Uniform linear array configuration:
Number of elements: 32
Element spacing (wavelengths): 1
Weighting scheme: binomial
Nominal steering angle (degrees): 60
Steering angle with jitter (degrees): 60.338
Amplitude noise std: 0.05
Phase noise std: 0.05

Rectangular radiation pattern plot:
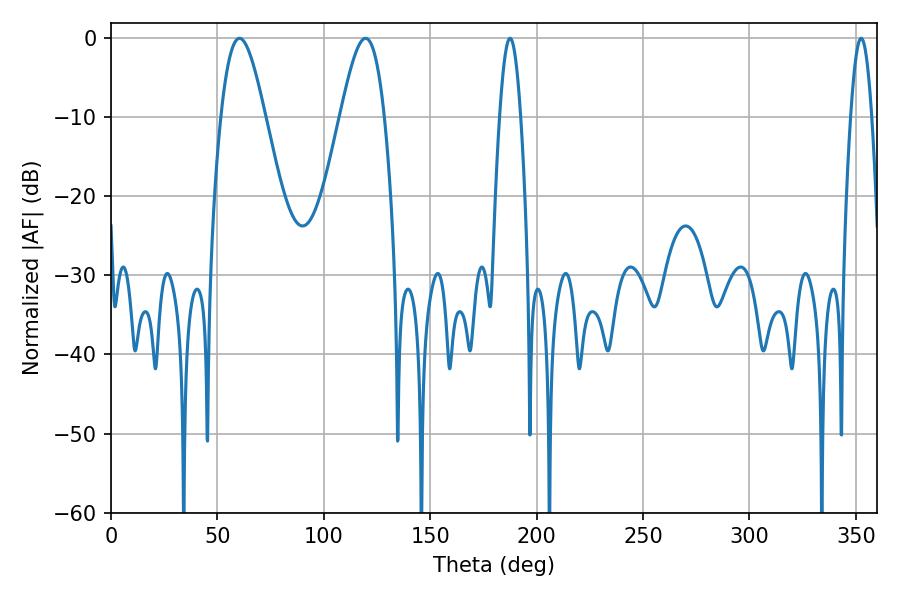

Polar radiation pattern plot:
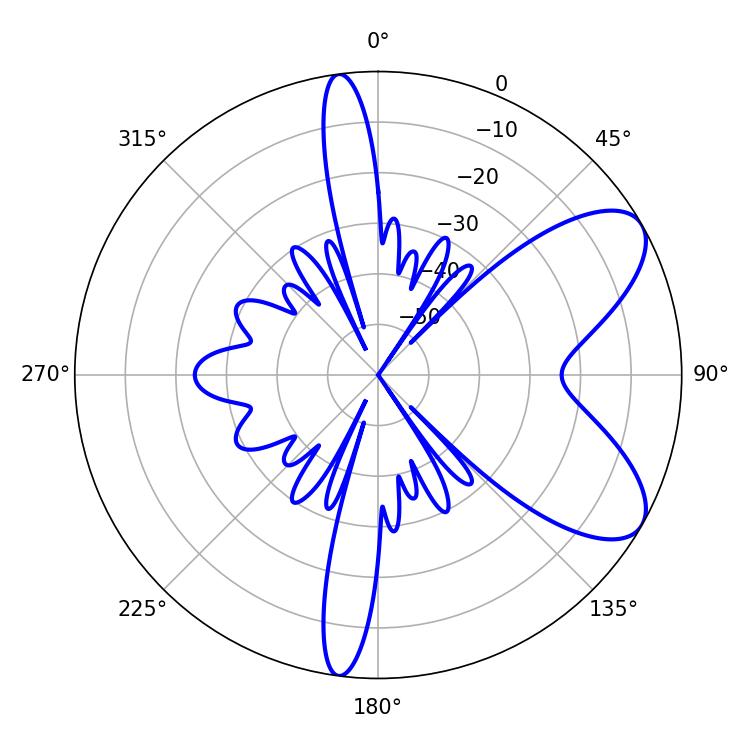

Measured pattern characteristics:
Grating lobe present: TRUE
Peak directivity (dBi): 7.611
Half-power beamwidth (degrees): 11.16
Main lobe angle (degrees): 60.3